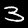
Digit: 3